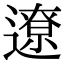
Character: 遼